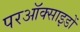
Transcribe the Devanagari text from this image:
परऑक्साइडों